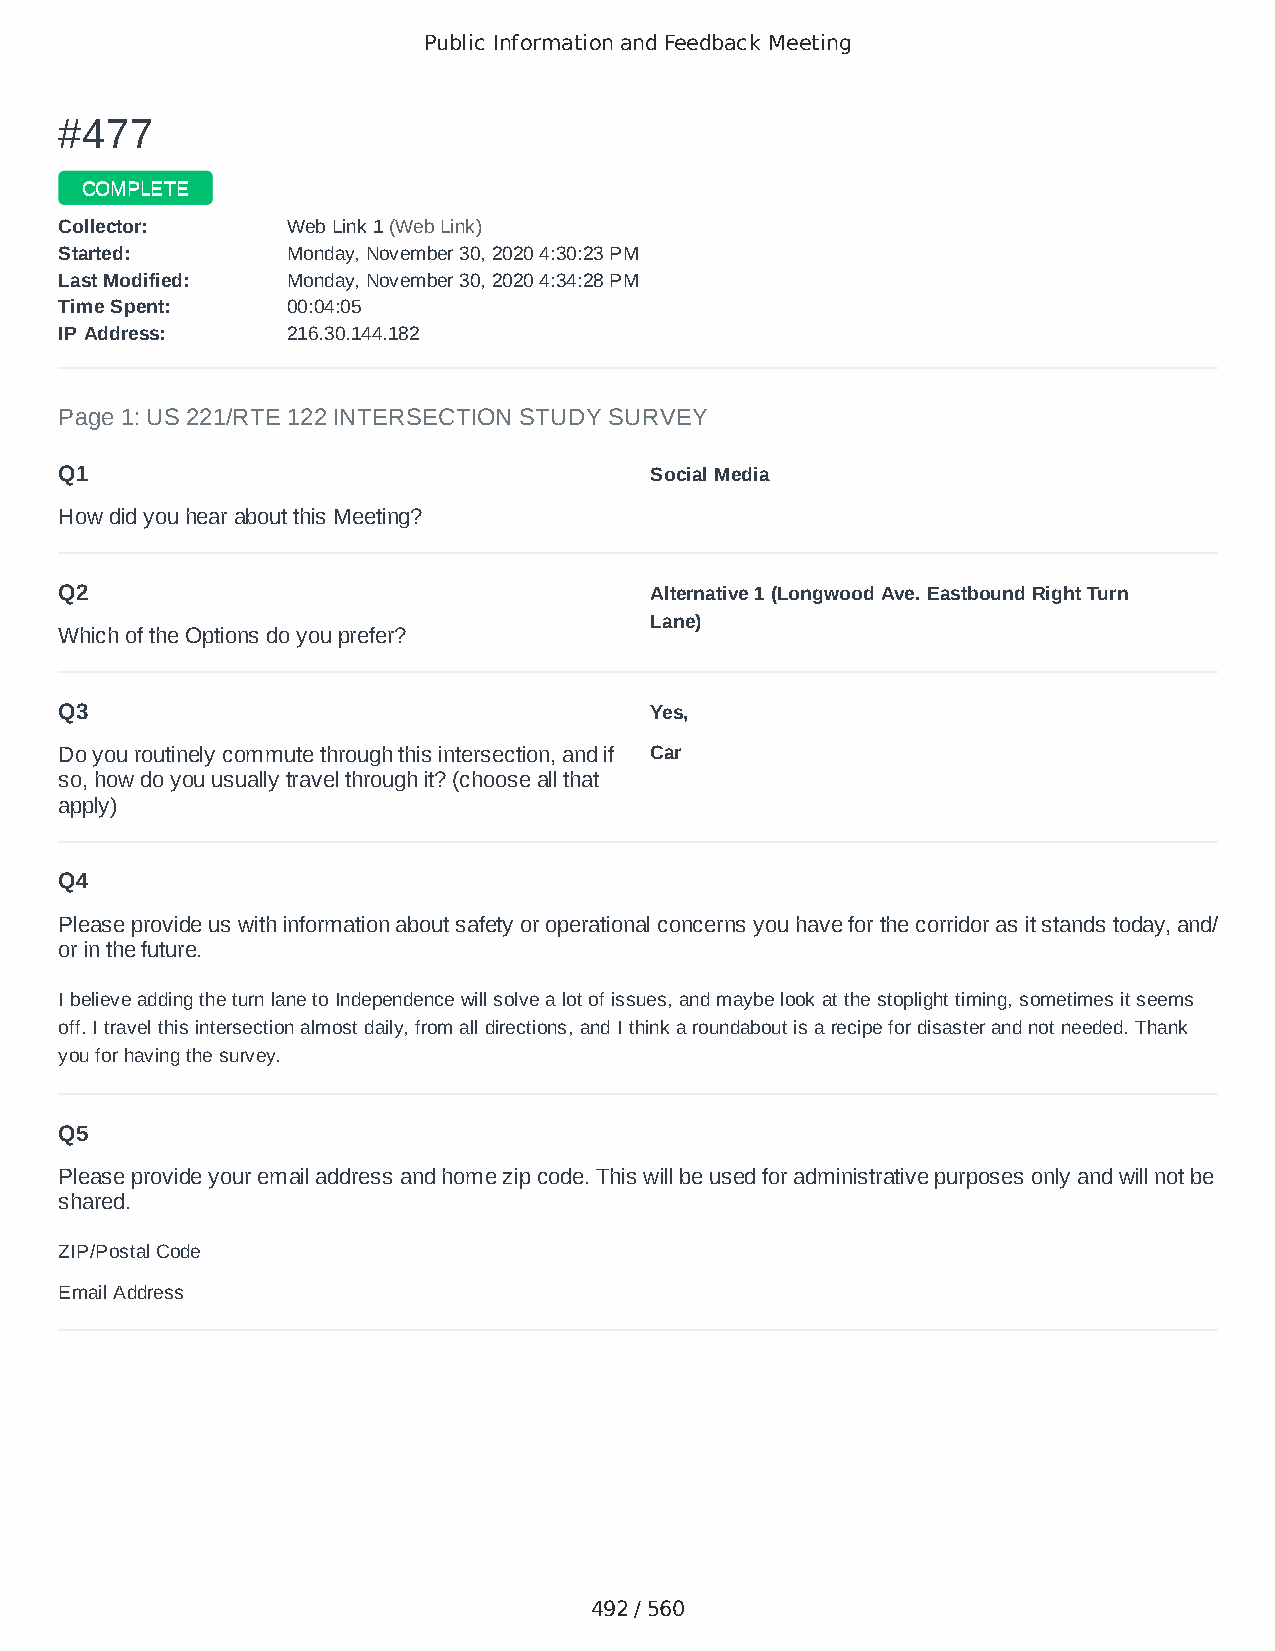
Public Information and Feedback Meeting
 ##447777
 CCOOMMPPLLEETTEE
 CCoolllleeccttoorr:: WWeebb LLiinnkk 11 ((WWeebb LLiinnkk))
 SSttaarrtteedd:: MMoonnddaayy,, NNoovveemmbbeerr 3300,, 22002200 44::3300::2233 PPMM
 LLaasstt MMooddiiffiieedd:: MMoonnddaayy,, NNoovveemmbbeerr 3300,, 22002200 44::3344::2288 PPMM
 TTiimmee SSppeenntt:: 0000::0044::0055
 IIPP AAddddrreessss:: 221166..3300..114444..118822
 Page 1: US 221/RTE 122 INTERSECTION STUDY SURVEY
 Q1                                     Social Media
 How did you hear about this Meeting?
 Q2                                     Alternative 1 (Longwood Ave. Eastbound Right Turn
 Lane)
 Which of the Options do you prefer?
 Q3                                     Yes,
 Do you routinely commute through this intersection, and if Car
 so, how do you usually travel through it? (choose all that
 apply)
 Q4
 Please provide us with information about safety or operational concerns you have for the corridor as it stands today, and/
 or in the future.
 I believe adding the turn lane to Independence will solve a lot of issues, and maybe look at the stoplight timing, sometimes it seems
 off. I travel this intersection almost daily, from all directions, and I think a roundabout is a recipe for disaster and not needed. Thank
 you for having the survey.
 Q5
 Please provide your email address and home zip code. This will be used for administrative purposes only and will not be
 shared.
 ZIP/Postal Code                        24523
 Email Address                          nshack@hotmail.com
 492 / 560